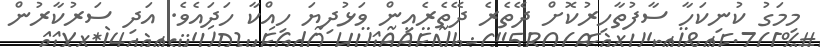
މިމަގު ކުނިކަހާ ސާފުތާހިރުކޮށް ދޭތެރެ ދޭތެރެއިން ވަޅުދިޔަ ހިއްކާ ހަދައެވެ. އަދި ސަރުކާރުން